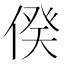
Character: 𠊾